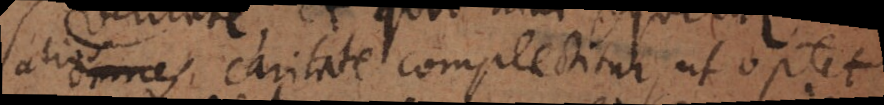
alios omnes caritate complectitur ut optet